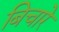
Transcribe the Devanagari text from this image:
बिचारे